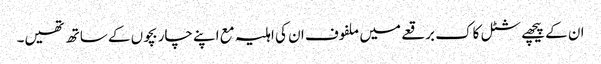
ان کے پیچھے شٹل کاک برقعے میں ملفوف ان کی اہلیہ مع اپنے چار بچوں کے ساتھ تھیں۔